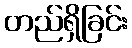
တည်ရှိခြင်း